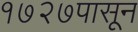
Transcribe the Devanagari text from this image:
१७२७पासून